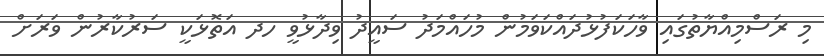
މި ރަސްމިއްޔާތުގައި ވާހަކަފުޅުދައްކަވަމުން މުހައްމަދު ސައީދު ވިދާޅުވީ ހދ އަތޮޅަކީ ސަރުކާރުން ވަރަށް